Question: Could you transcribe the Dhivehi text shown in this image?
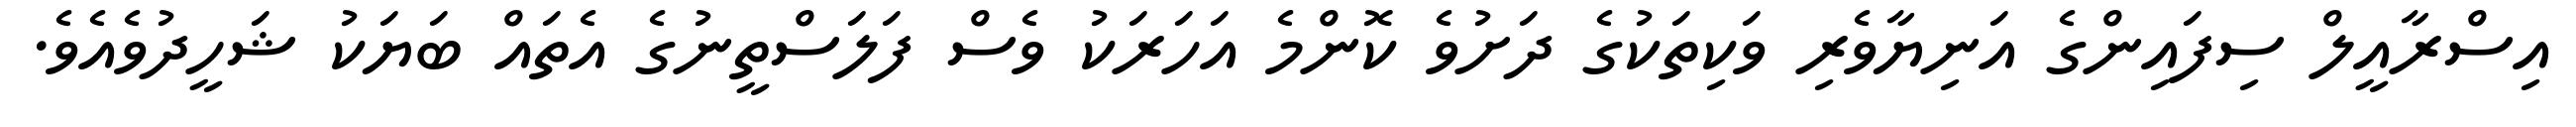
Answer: އިސްރާއީލް ސިފައިންގެ އަނިޔާވެރި ވަކިތަކުގެ ދަށުވެ ކޮންމެ އަހަރަކު ވެސް ފަލަސްތީނުގެ އެތައް ބަޔަކު ޝަހީދުވެއެވެ.